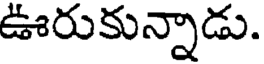
ఊరుకున్నాడు.